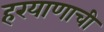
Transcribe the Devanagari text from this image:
हरयाणाची